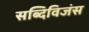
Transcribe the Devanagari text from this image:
सब्दिविजंस